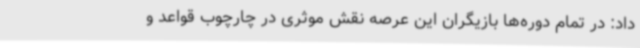
داد: در تمام دوره‌ها بازیگران این عرصه نقش موثری در چارچوب قواعد و